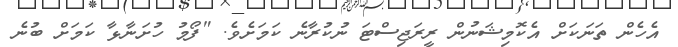
އެހެން ތަނަކަށް އެކޮމިޝަނުން ރީރަޖިސްޓަ ނުކުރާނެ ކަމަށެވެ. "ފޯމު ހުށަނާޅާ ކަމަށް ބުނެ